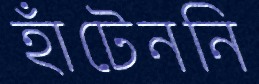
হাঁটেননি